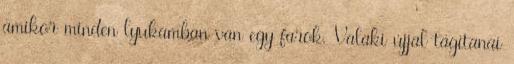
amikor minden lyukamban van egy farok. Valaki újjal tágítanai